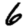
Digit: 6